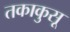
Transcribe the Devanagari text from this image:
तकाकुसू